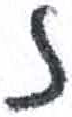
אות: ז